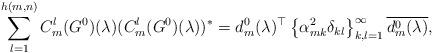
LaTeX: \begin{align*} \sum_{l=1}^{h(m,n)}C_{m}^{l}(G^{0})(\lambda)(C_{m}^{l}(G^{0})(\lambda))^{*}=d_{m}^{0} (\lambda )^{\top} \left\{\alpha _{mk}^{2} \delta _{kl} \right\}_{k,l=1}^{\infty} \overline{d_{m}^{0} (\lambda )},\end{align*}